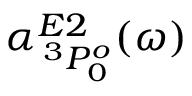
\alpha _ { \, ^ { 3 } P _ { 0 } ^ { o } } ^ { E 2 } ( \omega )